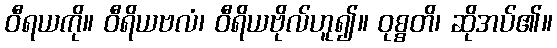
ဝီရယကို။ ဝီရိယဗလံ၊ ဝီရိယဗိုလ်ဟူ၍။ ဝုစ္စတိ၊ ဆိုအပ်၏။